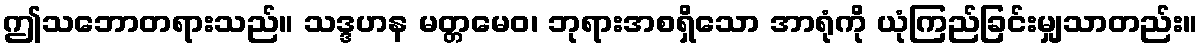
ဤသဘောတရားသည်။ သဒ္ဒဟန မတ္တမေဝ၊ ဘုရားအစရှိသော အာရုံကို ယုံကြည်ခြင်းမျှသာတည်း။